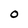
Character: O